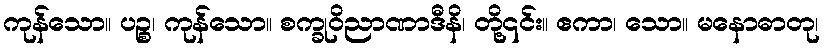
ကုန်သော။ ပဉ္စ၊ ကုန်သော။ စက္ခုဝိညာဏာဒီနိ၊ တို့၎င်း။ ဧကာ၊ သော။ မနောဓာတု၊